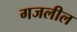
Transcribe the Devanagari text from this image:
गजलील